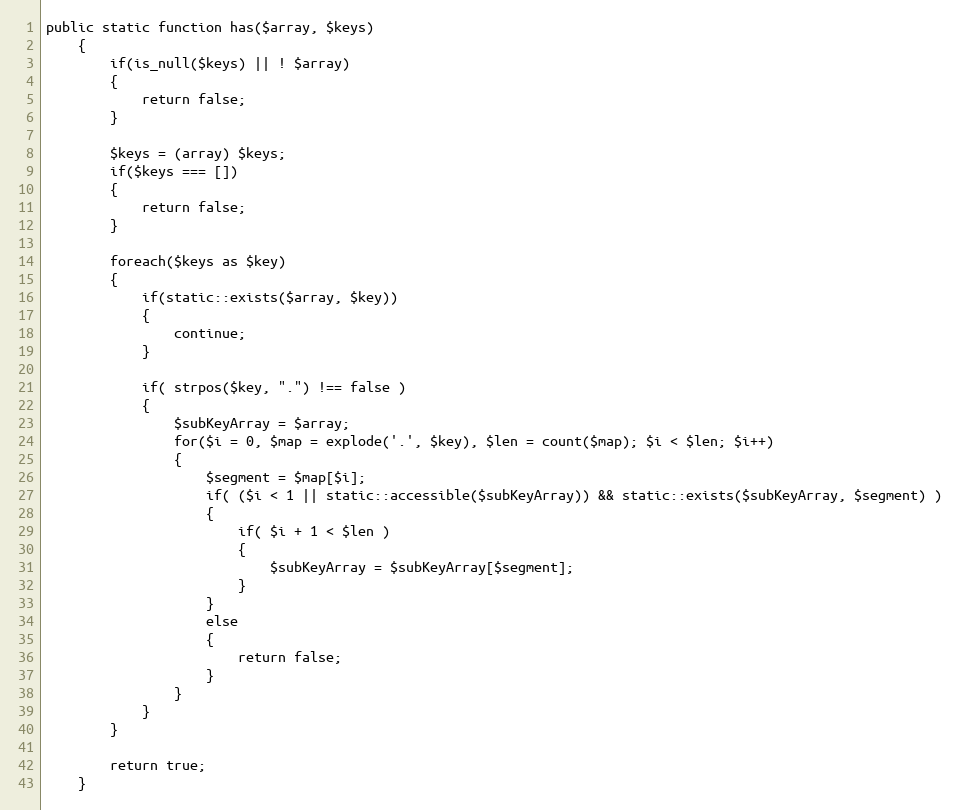
Language: PHP
public static function has($array, $keys)
	{
		if(is_null($keys) || ! $array)
		{
			return false;
		}

		$keys = (array) $keys;
		if($keys === [])
		{
			return false;
		}

		foreach($keys as $key)
		{
			if(static::exists($array, $key))
			{
				continue;
			}

			if( strpos($key, ".") !== false )
			{
				$subKeyArray = $array;
				for($i = 0, $map = explode('.', $key), $len = count($map); $i < $len; $i++)
				{
					$segment = $map[$i];
					if( ($i < 1 || static::accessible($subKeyArray)) && static::exists($subKeyArray, $segment) )
					{
						if( $i + 1 < $len )
						{
							$subKeyArray = $subKeyArray[$segment];
						}
					}
					else
					{
						return false;
					}
				}
			}
		}

		return true;
	}